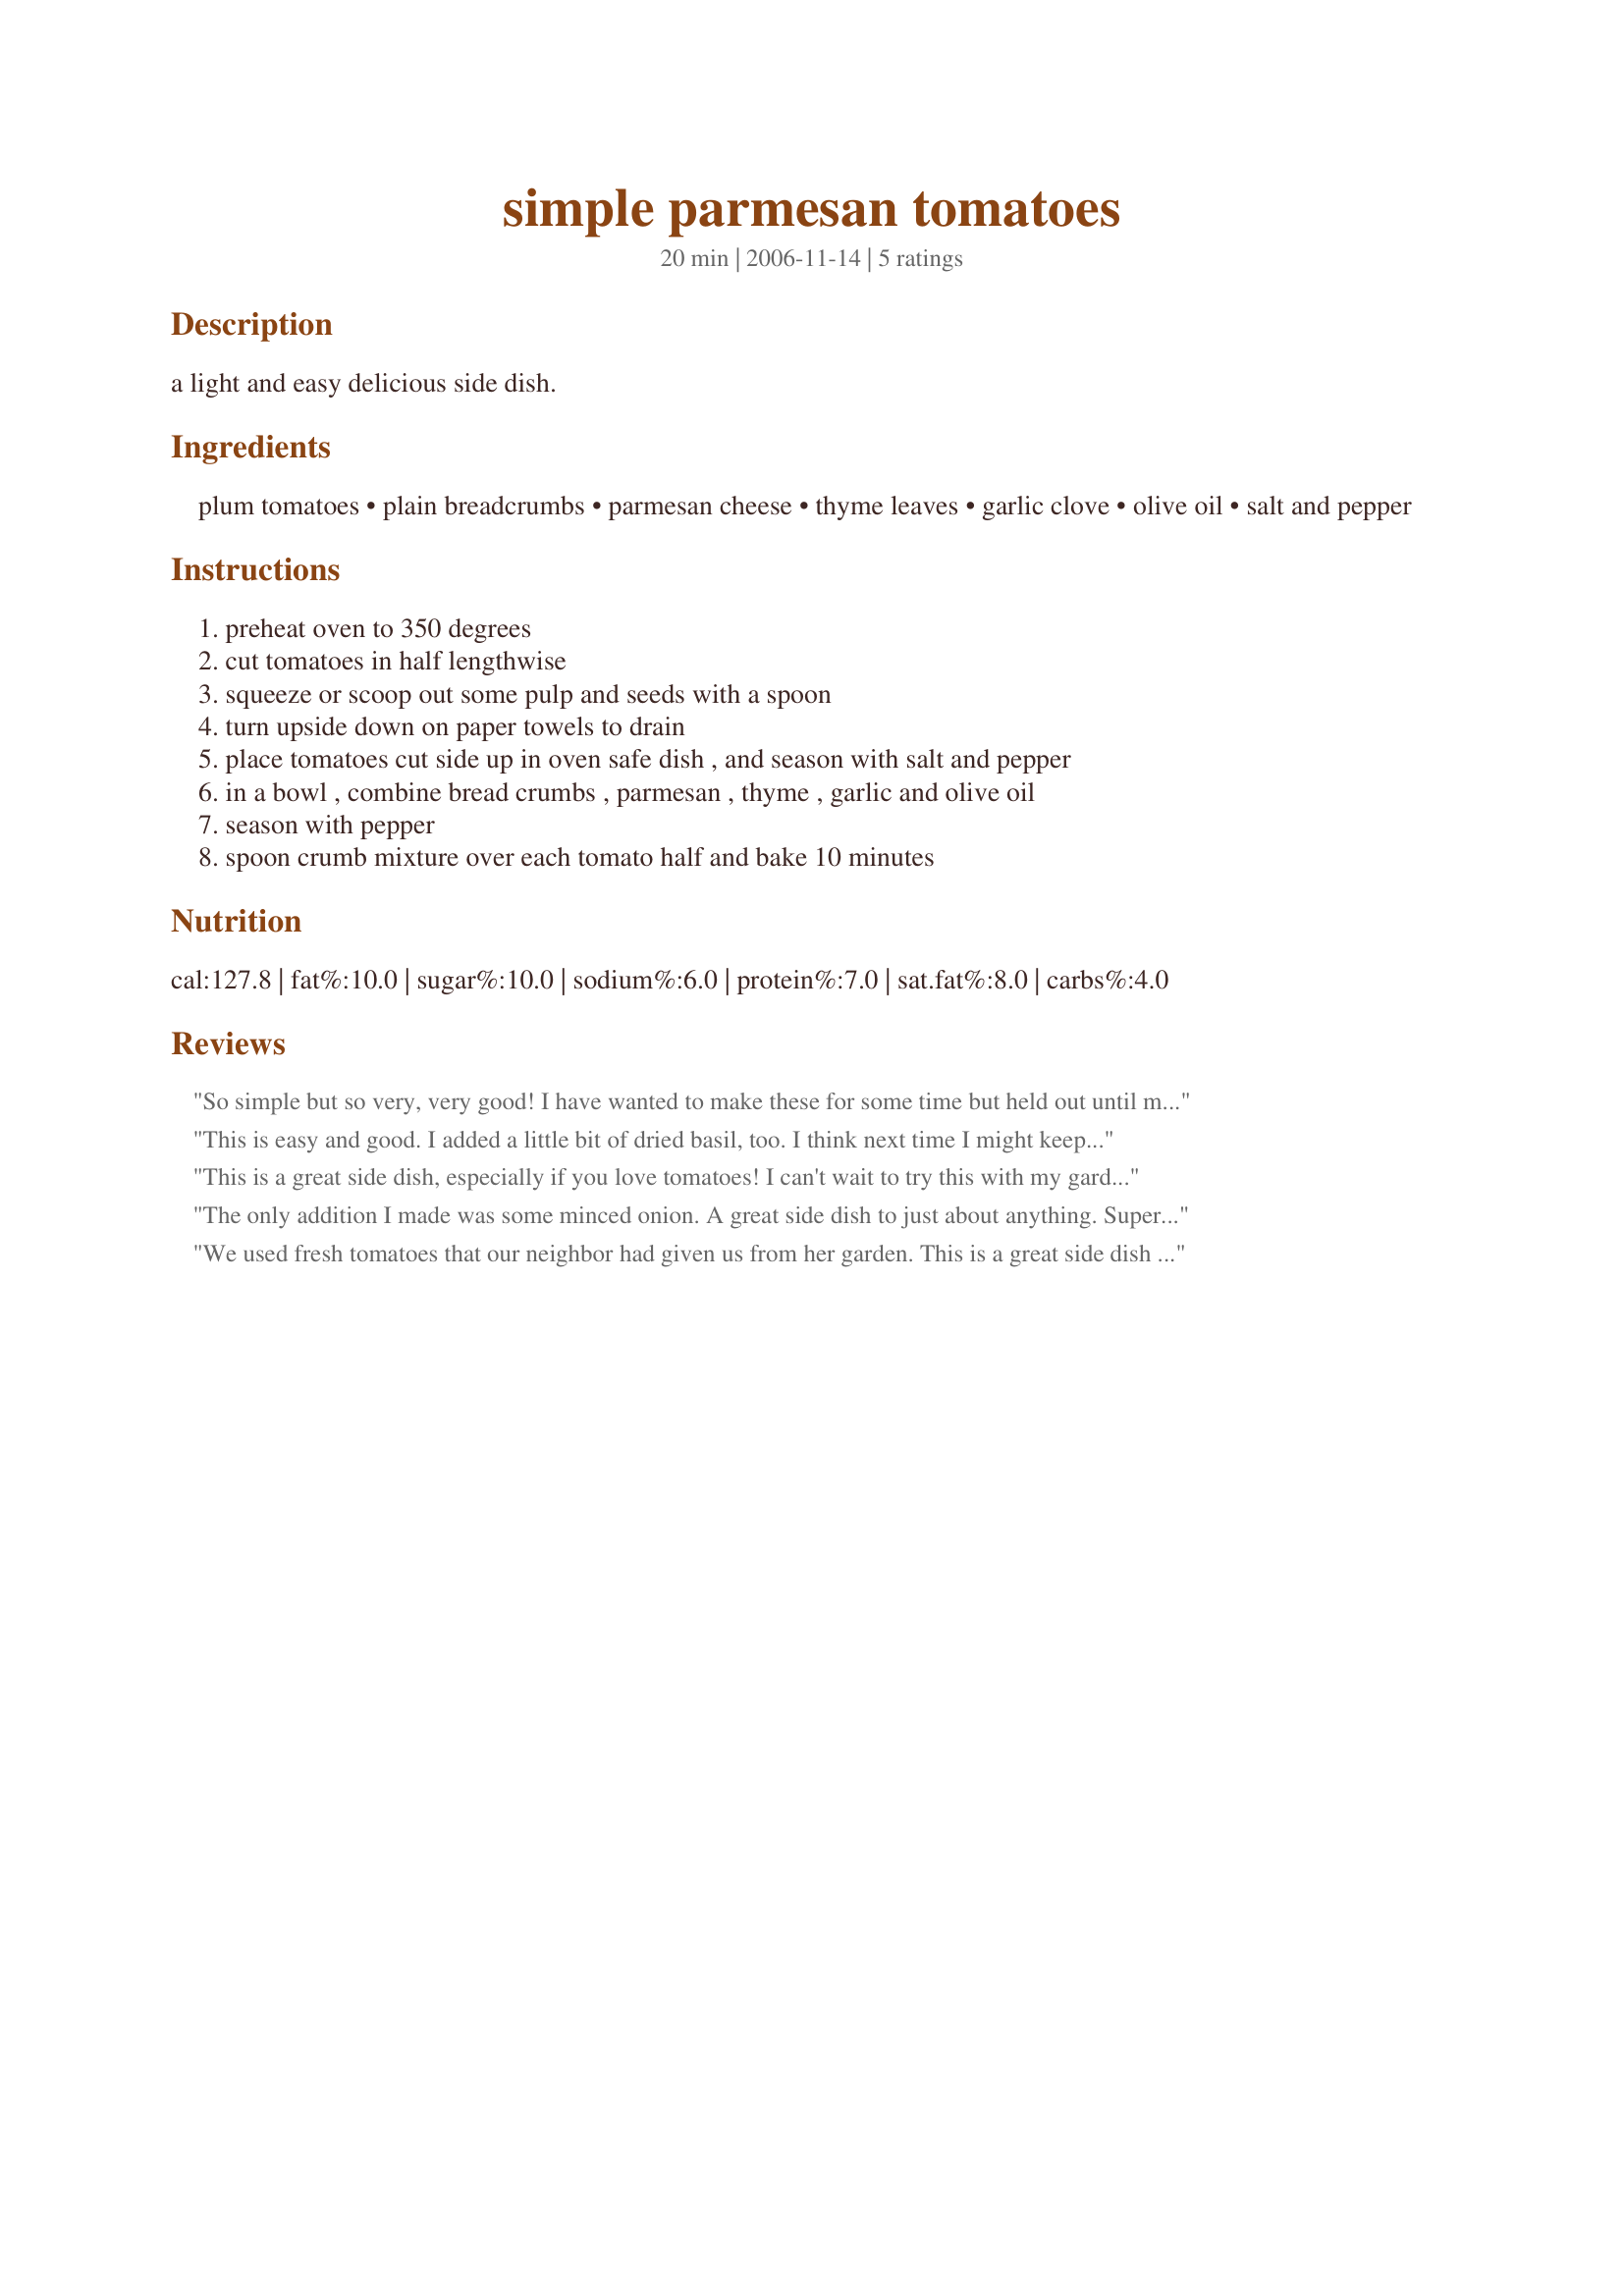
simple parmesan tomatoes
Preparation time: 20 minutes

a light and easy delicious side dish.

Ingredients:
plum tomatoes, plain breadcrumbs, parmesan cheese, thyme leaves, garlic clove, olive oil, salt and pepper

Steps:
preheat oven to 350 degrees, cut tomatoes in half lengthwise, squeeze or scoop out some pulp and seeds with a spoon, turn upside down on paper towels to drain, place tomatoes cut side up in oven safe dish , and season with salt and pepper, in a bowl , combine bread crumbs , parmesan , thyme , garlic and olive oil, season with pepper, spoon crumb mixture over each tomato half and bake 10 minutes

Reviews:
So simple but so very, very good! I have wanted to make these for some time but held out until my garden tomatoes were ready. I am gla I did. An excellent treatment for fresh tomatoes!
This is easy and good. I added a little bit of dried basil, too. I think next time I might keep the tomato pulp and chop it in with the breadcrumb mixture, because although the breadcrumb mix is tasty, it is dry.
I will hold on to this recipe and try it again when my garden starts to produce this year's tomato crop -- a dream for now, since the garden is under inches of snow and ice as I type this.
Thanks, Recipe Reader, for a really good, classic recipe.
This is a great side dish, especially if you love tomatoes! I can't wait to try this with my garden-fresh tomatoes! I did add some sweet onions to this, but that's it! Thanks for sharing.
The only addition I made was some minced onion. A great side dish to just about anything. Super simple and low in fat and calories!
We used fresh tomatoes that our neighbor had given us from her garden. This is a great side dish for something nice and different, and very easy to put together.
